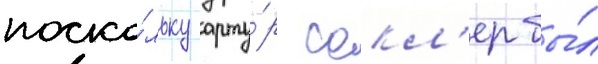
поско́льку арту́р сакл'ер бы́л